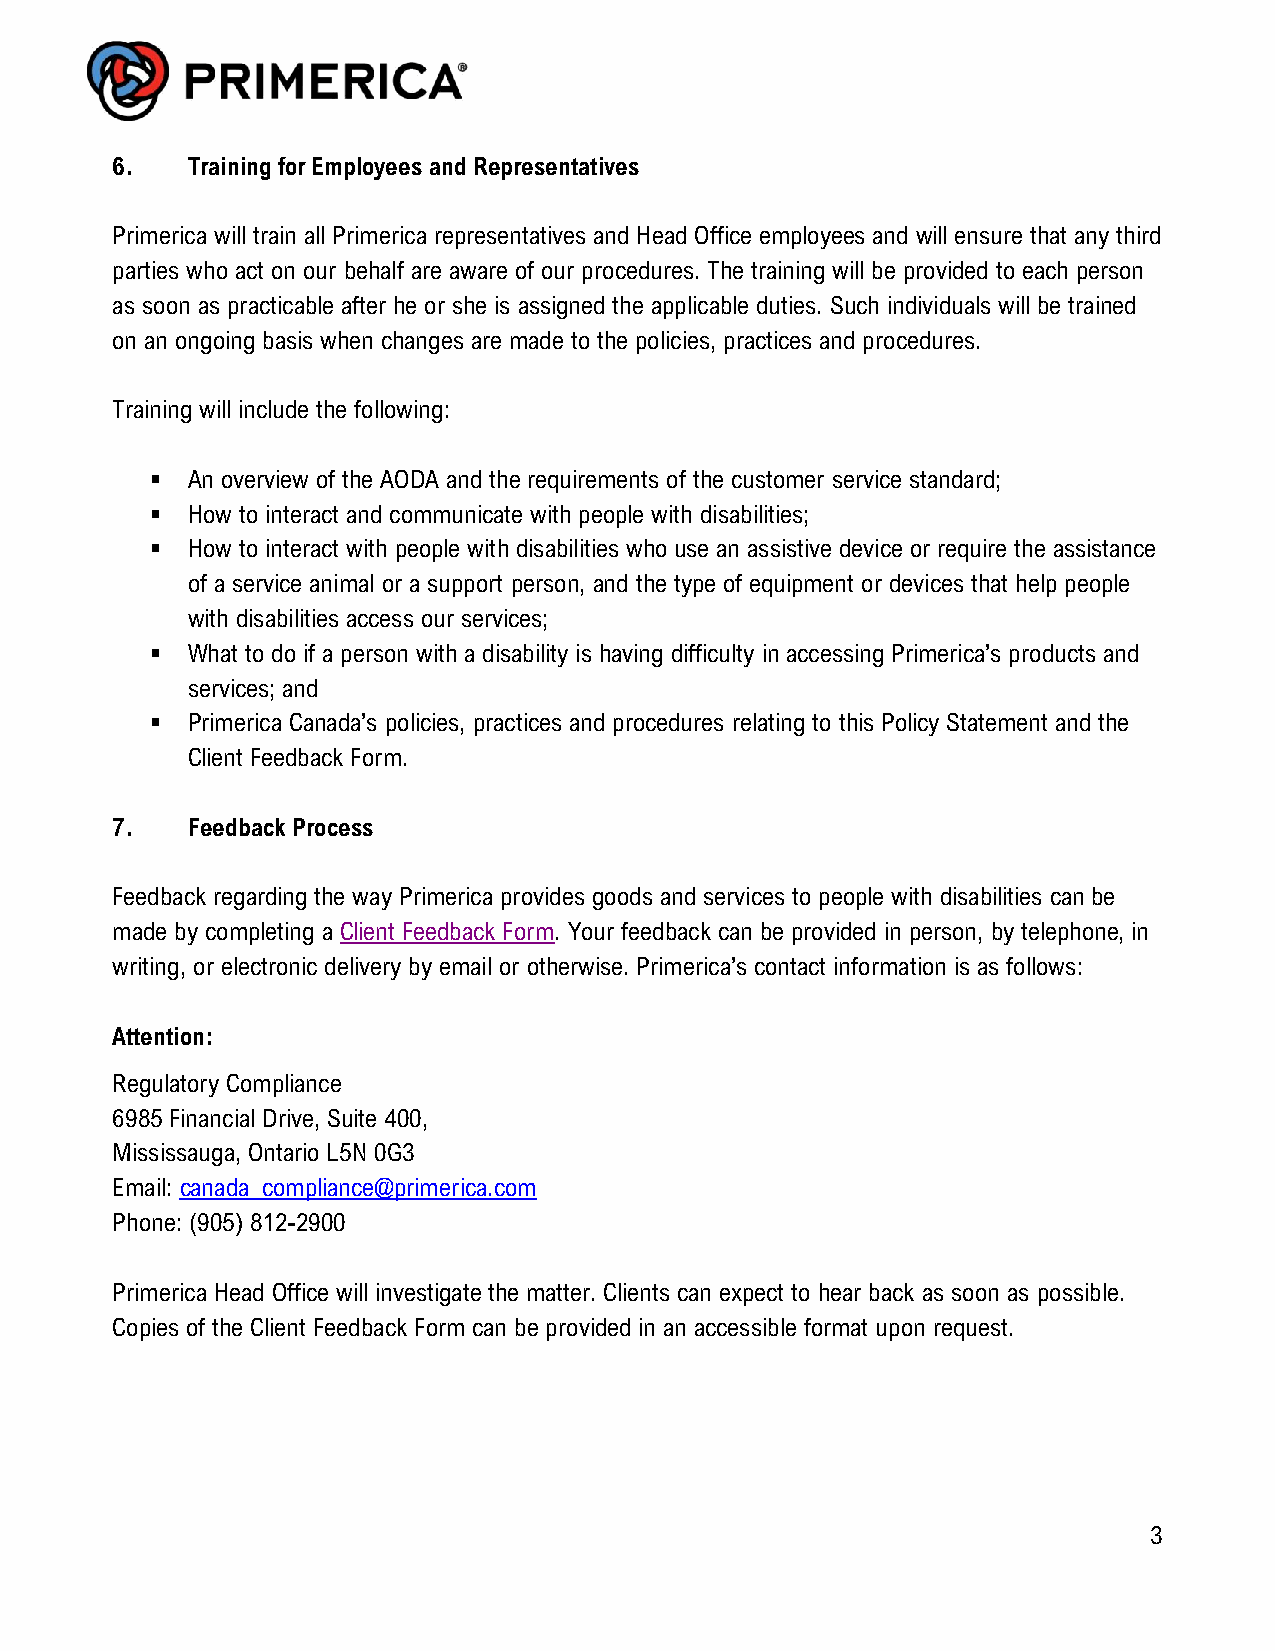
6.   Training for Employees and Representatives
 Primerica will train all Primerica representatives and Head Office employees and will ensure that any third
 parties who act on our behalf are aware of our procedures. The training will be provided to each person
 as soon as practicable after he or she is assigned the applicable duties. Such individuals will be trained
 on an ongoing basis when changes are made to the policies, practices and procedures.
 Training will include the following:
 ▪ An overview of the AODA and the requirements of the customer service standard;
 ▪ How to interact and communicate with people with disabilities;
 ▪ How to interact with people with disabilities who use an assistive device or require the assistance
 of a service animal or a support person, and the type of equipment or devices that help people
 with disabilities access our services;
 ▪ What to do if a person with a disability is having difficulty in accessing Primerica’s products and
 services; and
 ▪ Primerica Canada’s policies, practices and procedures relating to this Policy Statement and the
 Client Feedback Form.
 7.   Feedback Process
 Feedback regarding the way Primerica provides goods and services to people with disabilities can be
 made by completing a Client Feedback Form. Your feedback can be provided in person, by telephone, in
 writing, or electronic delivery by email or otherwise. Primerica’s contact information is as follows:
 Attention:
 Regulatory Compliance
 6985 Financial Drive, Suite 400,
 Mississauga, Ontario L5N 0G3
 Email: canada_compliance@primerica.com
 Phone: (905) 812-2900
 Primerica Head Office will investigate the matter. Clients can expect to hear back as soon as possible.
 Copies of the Client Feedback Form can be provided in an accessible format upon request.
 3